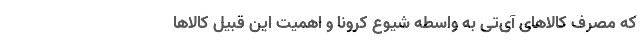
که مصرف کالاهای آی‌تی به واسطه شیوع کرونا و اهمیت این قبیل کالاها